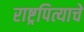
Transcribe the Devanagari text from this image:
राष्ट्रपित्याचे